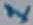
Text: 1